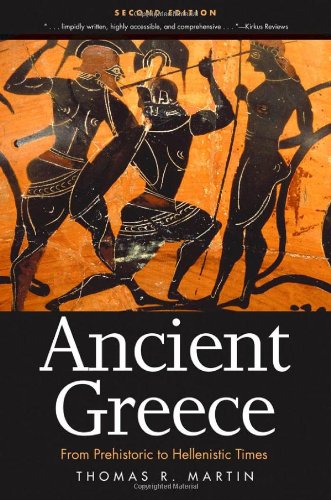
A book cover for Ancient Greece: From Prehistoric to Hellenistic Times, Second Edition; Thomas R. Martin; Science & Math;